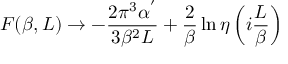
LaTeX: F ( \beta , L ) \rightarrow - \frac { 2 \pi ^ { 3 } \alpha ^ { ' } } { 3 \beta ^ { 2 } L } + \frac { 2 } { \beta } \ln { \eta \left( i \frac { L } { \beta } \right) }